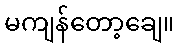
မကျန်တော့ချေ။